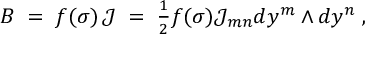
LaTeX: B \; = \; f ( \sigma ) \, \mathcal { J } \; = \; \textstyle { \frac { 1 } { 2 } } f ( \sigma ) \mathcal { J } _ { m n } d y ^ { m } \wedge d y ^ { n } \; ,